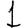
Digit: 1